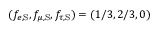
( f _ { e , \mathrm { S } } , f _ { \mu , \mathrm { S } } , f _ { \tau , \mathrm { S } } ) = ( 1 / 3 , 2 / 3 , 0 )